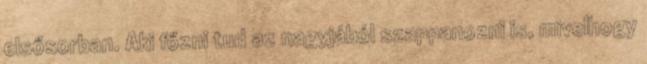
elsősorban. Aki főzni tud az nagyjából szappanozni is, mivelhogy